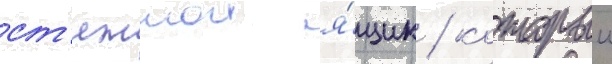
ст'яжнои я́щик / которыи